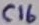
Text: C16